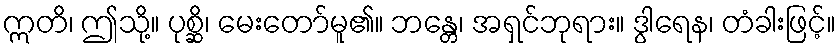
ဣတိ၊ ဤသို့။ ပုစ္ဆိ၊ မေးတော်မူ၏။ ဘန္တေ၊ အရှင်ဘုရား။ ဒွါရေန၊ တံခါးဖြင့်။